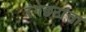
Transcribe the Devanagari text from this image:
रंगछटांचा